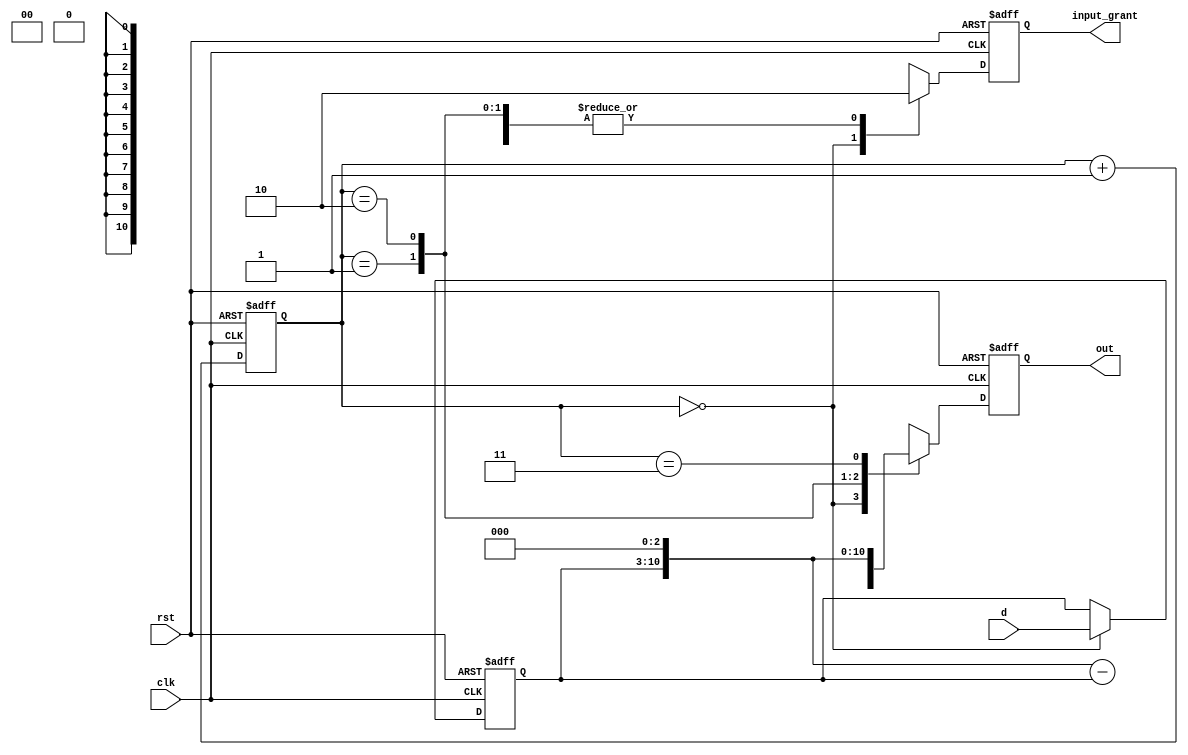
`timescale 1ns/1ns
module multi_sel(
input [7:0]d ,
input clk,
input rst,
output reg input_grant,
output reg [10:0]out
);

reg [1:0]cnt;
reg [7:0]din;

always@(posedge clk or negedge rst) begin
	if(!rst) begin
		cnt <= 0;
		out <= 0;
		input_grant <= 0;
		din <= 0;
	end
	else begin
		cnt <= cnt+1;
		case (cnt)
			0: begin
				din <= d;
				input_grant <= 1;
				out <= d;
			end
			1: begin
				input_grant <= 0;
				out <= din<<2 ;
			end		
			2: begin
				input_grant <= 0;
				out <= (din<<3)-din;
			end
			3: begin
				input_grant <= 0;
				out <= (din<<3);
			end	
		endcase
	end

end
endmodule